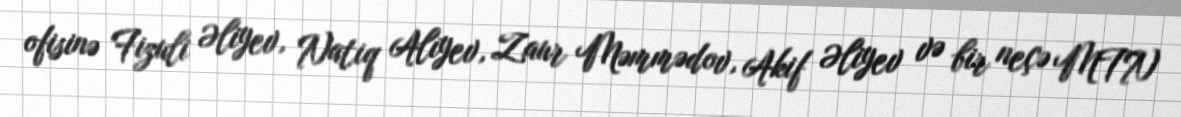
ofisinə Fizuli Əliyev, Natiq Alıyev, Zaur Məmmədov, Akif Əliyev və bir neçə MTN